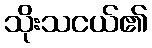
သိုးသငယ်၏